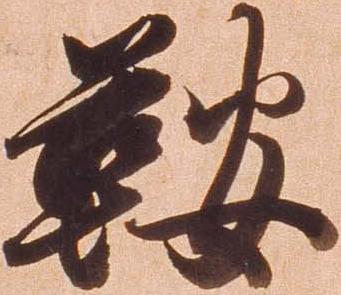
鞍